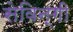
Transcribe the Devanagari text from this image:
सेविन्गी